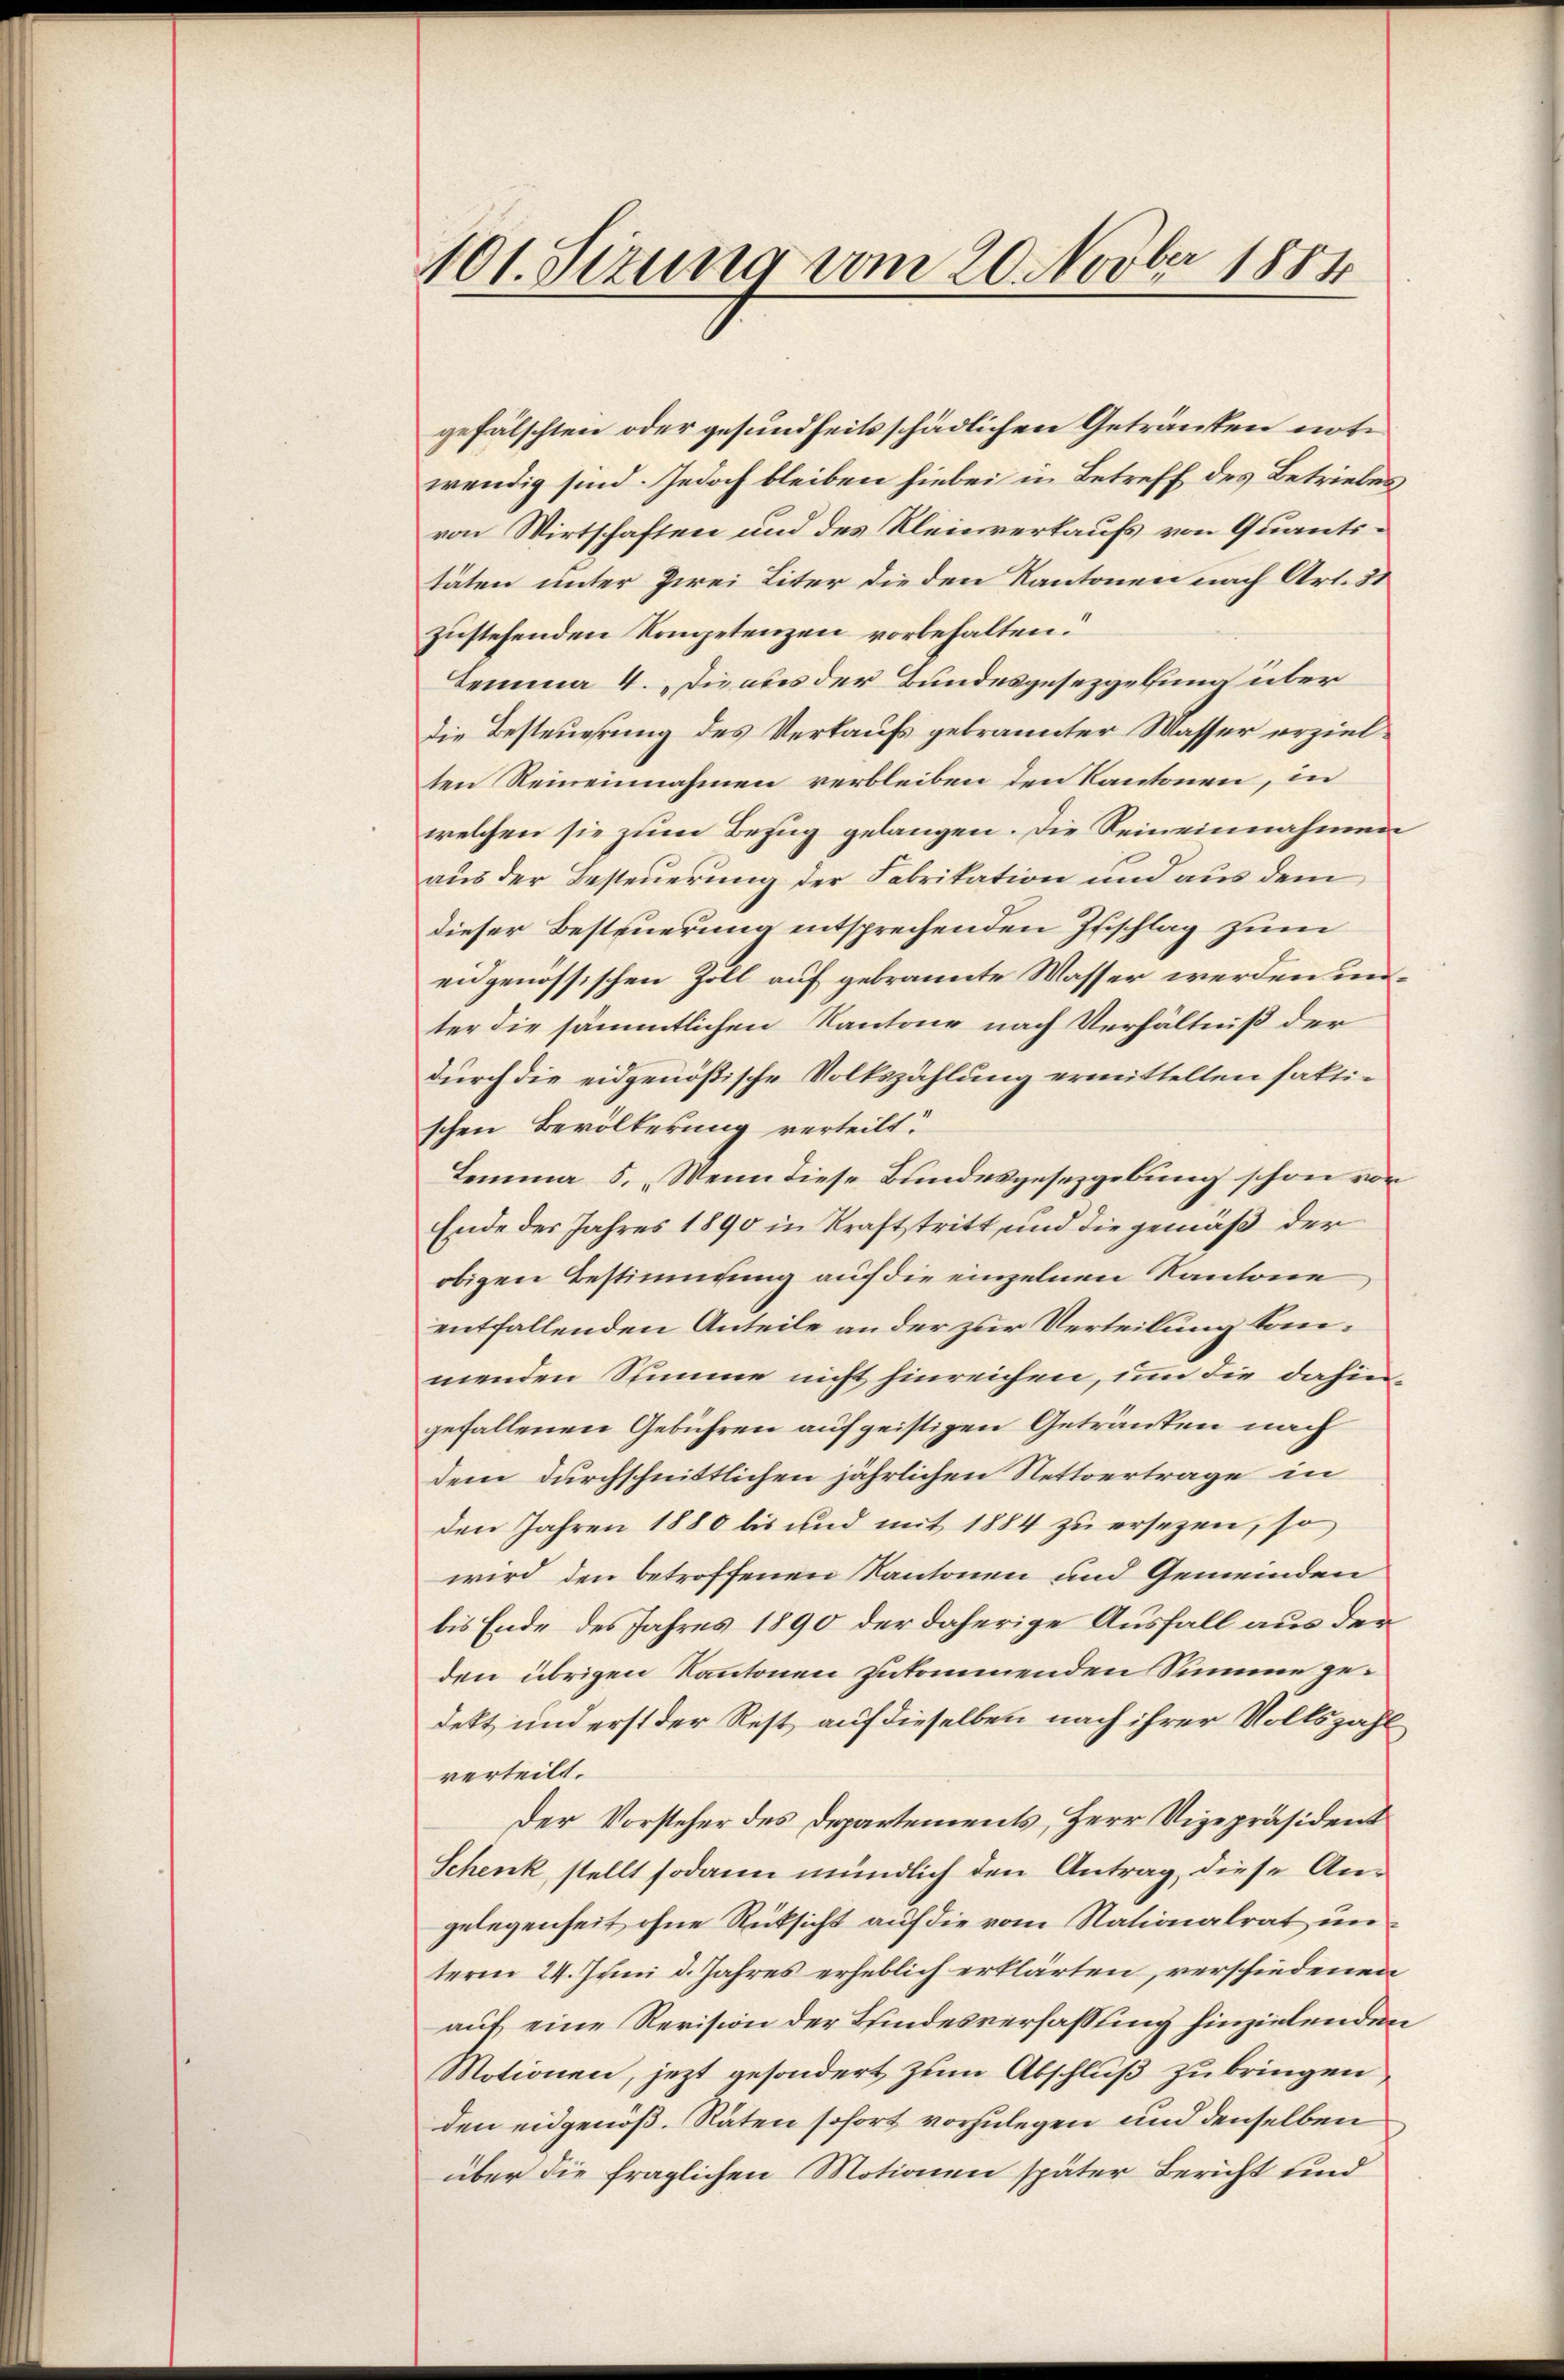
401. Sizung vom 20. Novber 1884

gefälschten oder gesundheits schädlichen Getränken notwendig sind. Jedoch bleiben hiebei in Betreff des Betriebes
von Wirtschaften und des Kleinverkaufs von Quantitäten unter Zwei Liter die den Kantonen nach Art. 31
zustehenden Kompetenzen vorbehalten.
Lemma 4. „Die aus der Bundesgesezgelung über
Die Besteuerung des Verkaufs gebrannter Wasser erzielten Reineinnahmen verbleiben den Kantonen, in
welchen sie zum Bezug gelangen. Die Reineinnahmen
aus der Besteuerung der Fabrikation und aus dem
dieser Besteuerung entsprechenden Geschlag zum
eidgenössischen Zoll auf gebrannte Wasser werden unter die sämmtlichen Kantone nach Verhältniß der
durch die eidgenößische Volkszählung ermittelten faktischen Bevölkerung verteilt.
Lemma 5. „Wenn diese Bundesgesetzgebung schon vor
Ende des Jahres 1890 in Kraftstritt, und die gemäß der
obigen Bestimmung auf die einzelnen Kantone
entfallenden Anteile an der zur Verteilung konmenden Stimme nicht hinreichen, um die dahingefallenen Gebühren auf geistigen Getränken nach
dem durchschnittlichen jährlichen Nettvertrage in
den Jahren 1880 bis und mit 1884 zu ersezen, so
wird den betroffenen Kantonen und Gemeinden
bis Ende des Jahres 1890 der daherige Ausfall aus der
den übrigen Kantonen zukommenden Summe gedekt und erst der Rest auf dieselben nach ihrer Volkszahl
verteilt.
Der Vorsteher des Departements, Herr Vizepräsident
Schenk, stellt sodann mündlich den Antrag diese Angelegenheit, ohne Rüksicht auf die vom Nationalrat unterm 24. Juni d. Jahres erheblich erklärten, verschiedenen
auf eine Revision der Bundesverfassung hinzielenden
Motionen, jezt gesondert zum Abschluß zu bringen,
den eidgenoß. Räten sofort vorzulegen und denselben
über die fraglichen Motionen später Bericht und